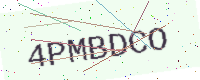
Text: 4PMBDCO